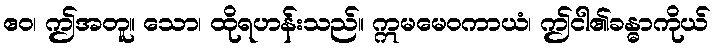
ဧဝ၊ ဤအတူ။ သော၊ ထိုရဟန်းသည်။ ဣမမေဝကာယံ၊ ဤငါ၏ခန္ဓာကိုယ်